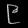
Digit: ၉